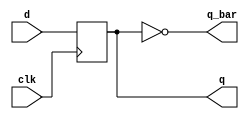
`timescale 1ns / 1ps
module d_ff(d,clk,q,q_bar);
input wire d,clk;
output reg q;
output wire q_bar;
initial begin
q=1'b0;
end 
always@(posedge clk)begin
 q<=d;
 end
 assign q_bar=~q;
endmodule